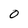
Character: O